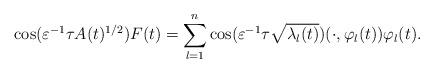
LaTeX: \begin{align*} \cos(\varepsilon^{-1} \tau A(t)^{1/2})F (t) = \sum_{l=1}^{n} \cos(\varepsilon^{-1} \tau \sqrt{\lambda_l(t)})(\cdot,\varphi_l(t))\varphi_l(t).\end{align*}